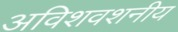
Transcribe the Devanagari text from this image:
अविशवशनीय